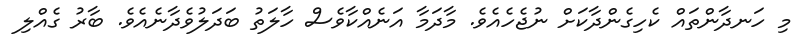
މި ހަނދާންތައް ކެހިގެންދާކަށް ނުޖެހެއެވެ. މާދަމާ އަނެއްކާވެސް ހާލަތު ބަދަލުވެދާނެއެވެ. ބާރު ގެއްލި